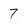
Character: 7